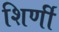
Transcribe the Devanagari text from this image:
शिर्णी